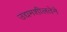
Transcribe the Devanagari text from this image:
उद्यमशीलतेने